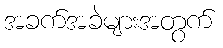
အခက်အခဲများအတွက်